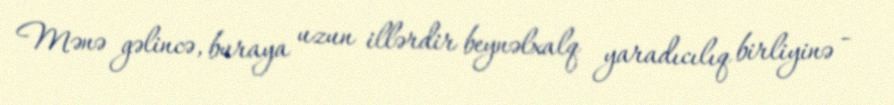
Mənə gəlincə, buraya uzun illərdir beynəlxalq yaradıcılıq birliyinə -